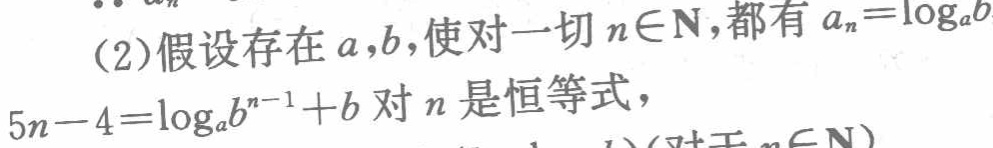
(2)假设存在\(a,b\)，使对一切\(n\in\mathbf{N}\)，都有\(a_{n}=\log_{a}b\)

\(5n - 4=\log_{a}b^{n - 1}+b\)对\(n\)是恒等式，